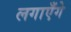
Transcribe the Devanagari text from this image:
लगाएँगे